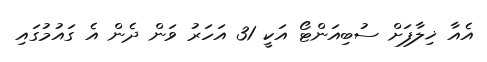
އެއާ ޚިލާފަށް ސުބިއަންޓޯ އަކީ 31 އަހަރު ވަން ދެން އެ ގައުމުގައި